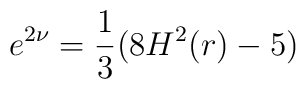
e^{2\nu}=\frac{1}{3}(8H^2(r)-5)